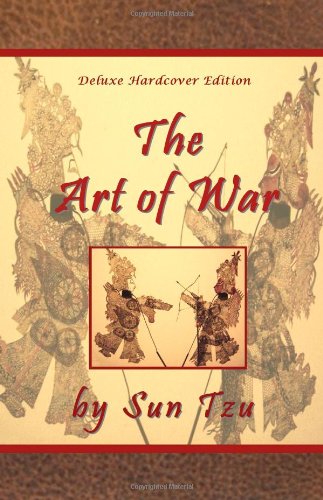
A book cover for The Art of War by Sun Tzu - Deluxe Hardcover Edition; Sun Tzu; History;